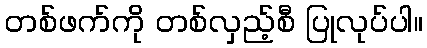
တစ်ဖက်ကို တစ်လှည့်စီ ပြုလုပ်ပါ။